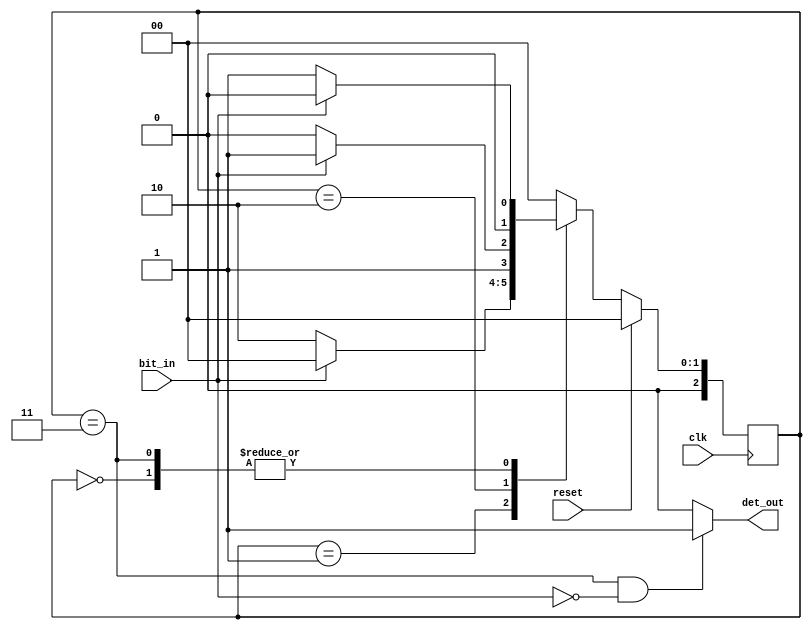
// Serial Input BitStream Pattern Detector
module fsm_bspd(clk, reset, bit_in, det_out);
input clk, reset, bit_in;
output det_out;

reg det_out;
reg [2:0] C_STATE, N_STATE;

parameter S0 = 3'b000, S1 = 3'b001, S2 = 3'b010, S3 = 3'b011, S4=3'b100;

always@(posedge clk)   // CS
begin
if (reset) C_STATE <= S0;
else	C_STATE <= N_STATE;
end

always@(C_STATE or bit_in)  // NS
begin
case ( C_STATE )
	S0 : N_STATE = (!bit_in) ? S1 : S0; // s1 : s0
	S1 : N_STATE = (!bit_in) ? S2 : S0;
	S2 : N_STATE = (!bit_in) ? S2 : S3;  //s4 : s3
	S3 : N_STATE = (!bit_in) ? S1 : S0;
	//S4 : N_STATE = (!bit_in) ? S4 : S3;
	default : N_STATE = S0;
endcase
end


always@(C_STATE or bit_in)  // Separate OL
begin
if ( (C_STATE==S3) && (bit_in==1'b0) ) det_out = 1;
else	det_out = 0;
end


endmodule